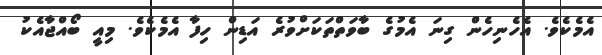
އެމެކެވެ. އެހެނިހެން ގިނަ އެމުގެ ބާވަތްތަކަށްވުރެ އަޑިން ހިފާ އެމެކެވެ. މިއީ ބޯއްޖާއެކު